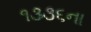
૧૩૩૬ના